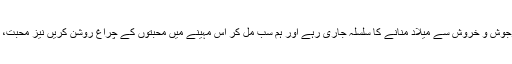
اللہ کرے کہ ہمارے ہاں بھی ماہِ ربیع الاول شریف کا تقدس ملحوظ رکھ کرجوش و خروش سے میلاد منانے کا سلسلہ جاری رہے اور ہم سب مل کر اس مہینے میں محبتوں کے چراغ روشن کریں نیز محبت، اعتدال پسندی اور رواداری کو فروغ دیں جو اس وقت کی اہم ضرورت ہے۔